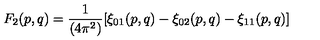
F _ { 2 } ( p , q ) = { \frac { 1 } { ( 4 \pi ^ { 2 } ) } } [ \xi _ { 0 1 } ( p , q ) - \xi _ { 0 2 } ( p , q ) - \xi _ { 1 1 } ( p , q ) ]